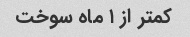
کمتر از ۱ ماه سوخت